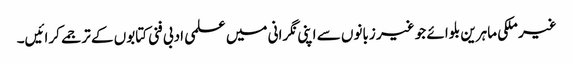
غیر ملکی ماہرین بلوائے جو غیر زبانوں سے اپنی نگرانی میں علمی ادبی فنی کتابوں کے ترجمے کرائیں۔